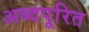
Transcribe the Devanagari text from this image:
अब्दपूरित